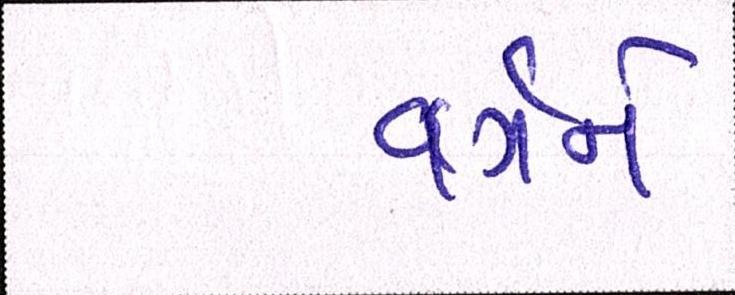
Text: વર્ગને